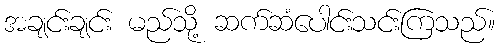
အချင်းချင်း မည်သို့ ဆက်ဆံပေါင်းသင်းကြသည်။